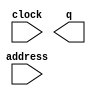
module pic_0_rom (
	address,
	clock,
	q);

	input	[9:0]  address;
	input	  clock;
	output	[15:0]  q;
`ifndef ALTERA_RESERVED_QIS
// synopsys translate_off
`endif
	tri1	  clock;
`ifndef ALTERA_RESERVED_QIS
// synopsys translate_on
`endif

endmodule